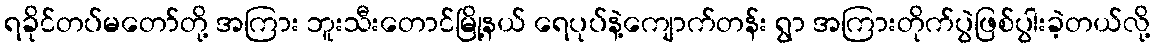
ရခိုင်တပ်မတော်တို့ အကြား ဘူးသီးတောင်မြို့နယ် ရေပုပ်နဲ့ကျောက်တန်း ရွာ အကြားတိုက်ပွဲဖြစ်ပွါးခဲ့တယ်လို့